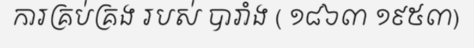
ការគ្រប់គ្រង របស់ បារាំង ( ១៨៦៣ ១៩៥៣)